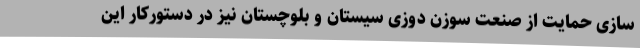
سازی حمایت از صنعت سوزن دوزی سیستان و بلوچستان نیز در دستورکار این